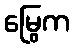
မြွေက